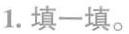
1.填一填。